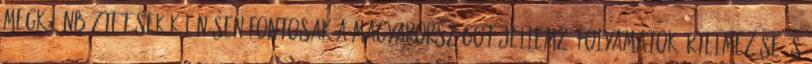
megkülönböztetések különösen fontosak a Magyarországot jellemző folyamatok értelmezése és